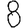
Digit: 8